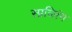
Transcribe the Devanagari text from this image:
स्प्रव्लिंग